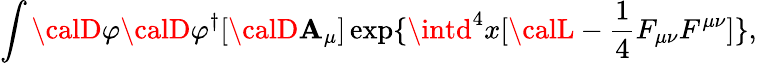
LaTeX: \int{\calD}\varphi{\calD}\varphi^{\dagger}[{\calD}\mathbf{A}_{\mu}]\exp\{ \intd^{4}x[{\calL}-\frac{{1}}{{4}}F_{\mu\nu}F^{\mu\nu}]\} ,